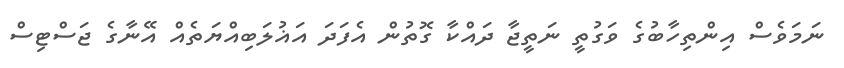
ނަމަވެސް އިންތިހާބުގެ ވަގުތީ ނަތީޖާ ދައްކާ ގޮތުން އެފަދަ އަޣުލަބިއްޔަތެއް އޭނާގެ ޖަސްޓިސް